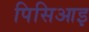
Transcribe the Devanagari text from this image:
पिसिआइ